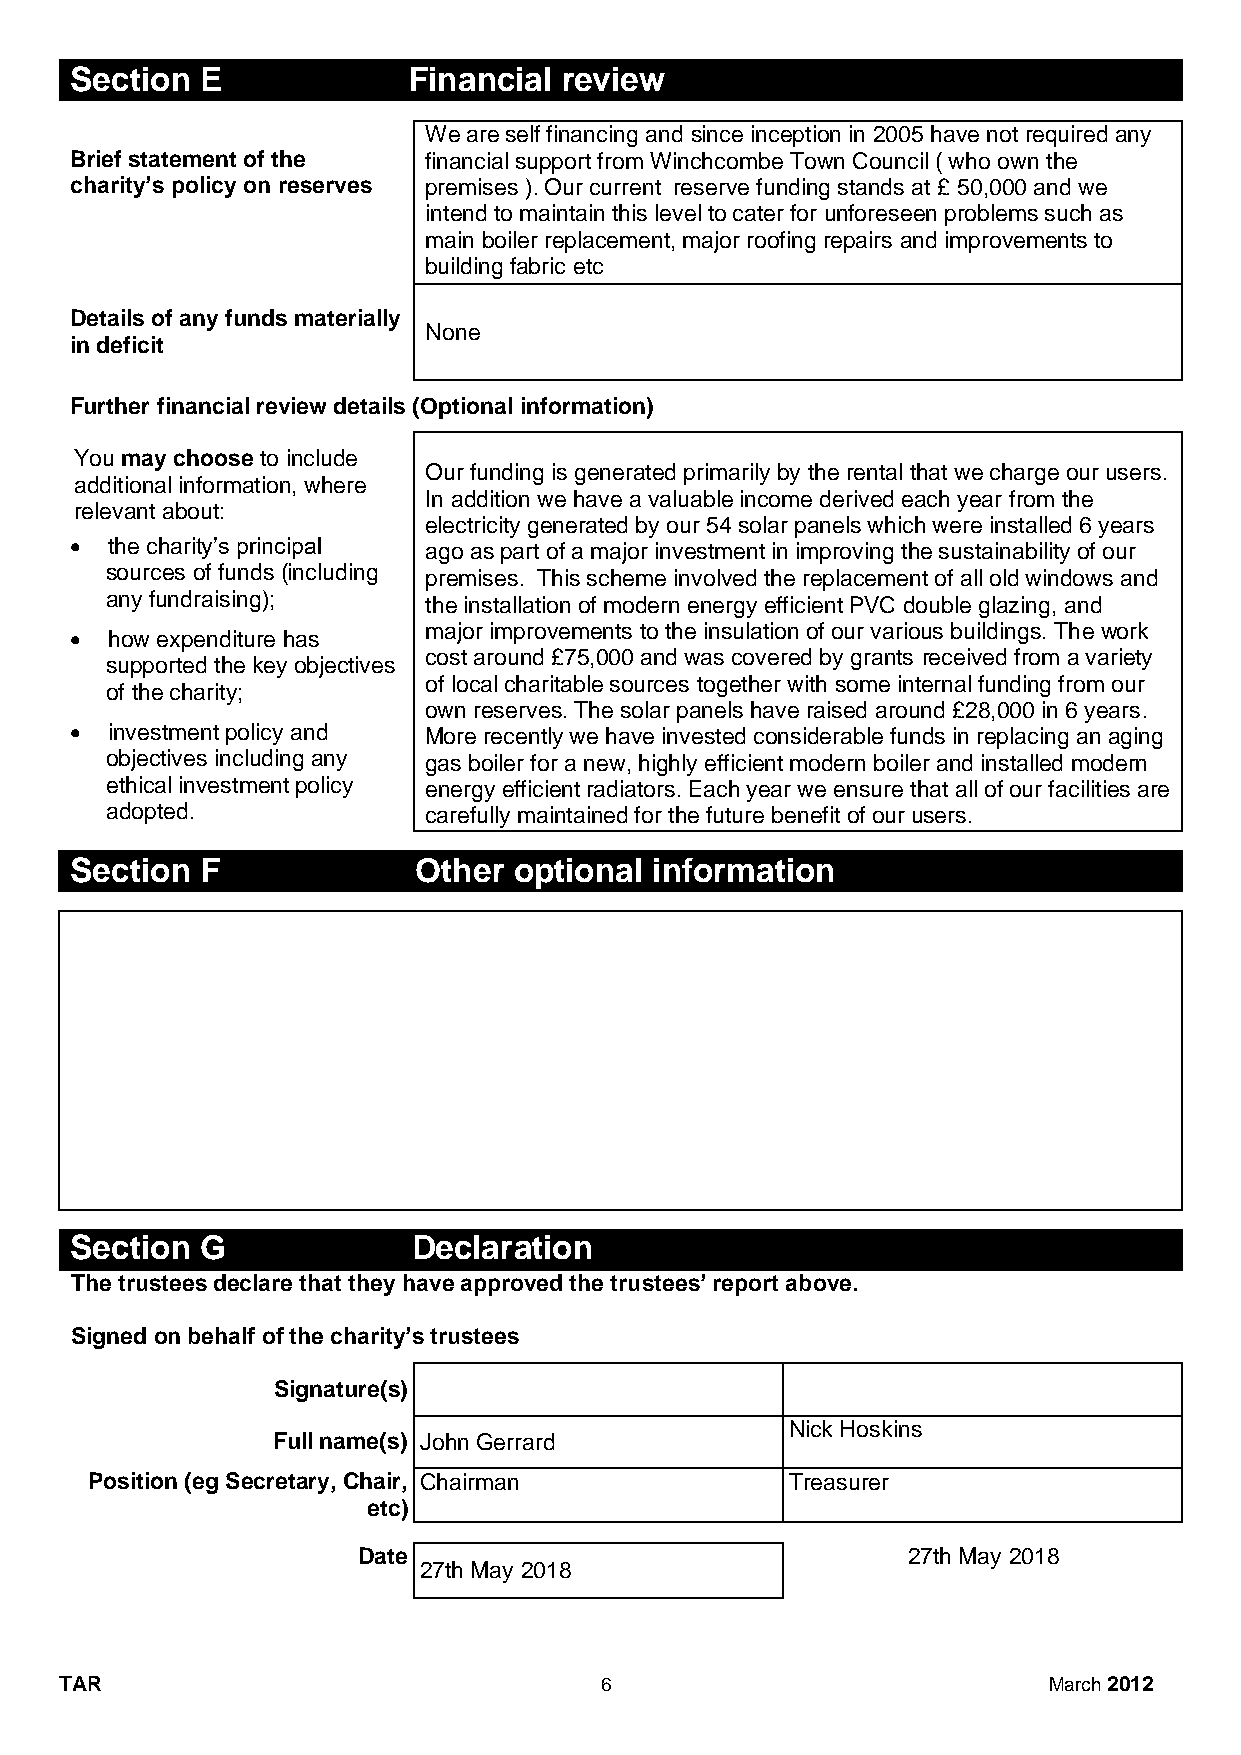
Section E             Financial review
 We are self financing and since inception in 2005 have not required any
 Brief statement of the financial support from Winchcombe Town Council ( who own the
 charity’s policy on reserves premises ). Our current reserve funding stands at £ 50,000 and we
 intend to maintain this level to cater for unforeseen problems such as
 main boiler replacement, major roofing repairs and improvements to
 building fabric etc
 Details of any funds materially
 None
 in deficit
 Further financial review details (Optional information)
 You may choose to include
 Our funding is generated primarily by the rental that we charge our users.
 additional information, where
 In addition we have a valuable income derived each year from the
 relevant about:
 electricity generated by our 54 solar panels which were installed 6 years
  the charity’s principal ago as part of a major investment in improving the sustainability of our
 sources of funds (including premises. This scheme involved the replacement of all old windows and
 any fundraising);    the installation of modern energy efficient PVC double glazing, and
 major improvements to the insulation of our various buildings. The work
  how expenditure has
 cost around £75,000 and was covered by grants received from a variety
 supported the key objectives
 of local charitable sources together with some internal funding from our
 of the charity;
 own reserves. The solar panels have raised around £28,000 in 6 years.
  investment policy and More recently we have invested considerable funds in replacing an aging
 objectives including any gas boiler for a new, highly efficient modern boiler and installed modern
 ethical investment policy energy efficient radiators. Each year we ensure that all of our facilities are
 adopted.             carefully maintained for the future benefit of our users.
 Section F             Other  optional information
 Section G             Declaration
 The trustees declare that they have approved the trustees’ report above.
 Signed on behalf of the charity’s trustees
 Signature(s)
 Nick Hoskins
 Full name(s) John Gerrard
 Position (eg Secretary, Chair, Chairman       Treasurer
 etc)
 Date                                27th May 2018
 27th May 2018
 TAR                                 6                            March 2012